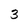
Character: 3